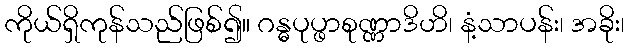
ကိုယ်ရှိကုန်သည်ဖြစ်၍။ ဂန္ဓပုပ္ဖာစုဏ္ဏာဒိဟိ၊ နံ့သာပန်း၊ အခိုး၊